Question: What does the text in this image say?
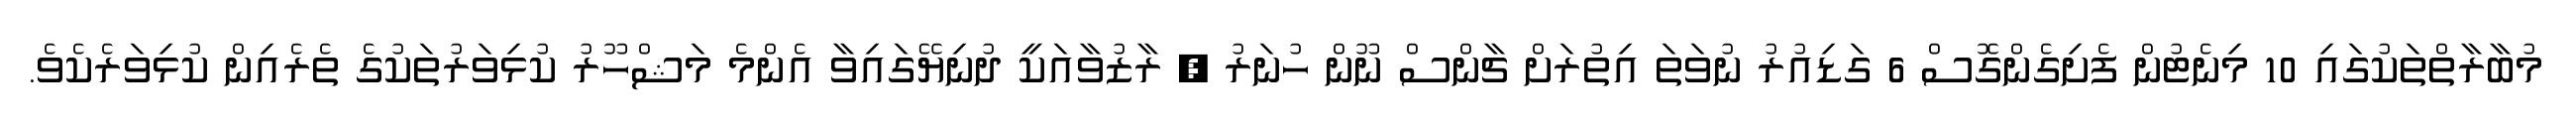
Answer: މުބާރާތްތަކުގައި 10 މިނެޓުން ފެށިގެންގޮސް 6 ގަޑިއުރު ނުވަތަ އިތުރަށް ޗާންސް ނޫން ހުނަރު , ރާޒުވާއަކީ ދުނިޔޭގައިވާ އެންމެ މަޝްހޫރު ކުޅިވަރުތަކުގެ ތެރެއިން ކުޅިވަރެކެވެ.